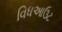
વિધઆઉટ